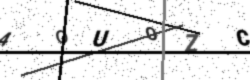
Text: 4OUOZC